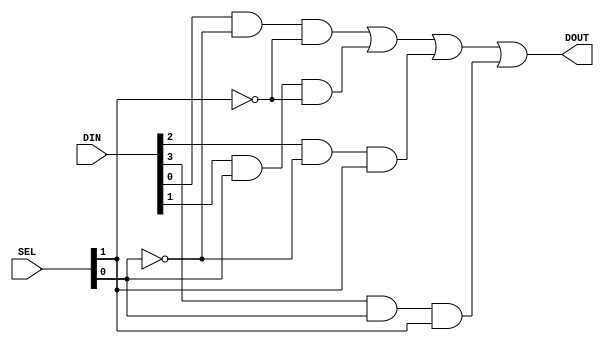
`timescale 1ns / 1ps
//////////////////////////////////////////////////////////////////////////////////
// Company: 
// Engineer: 
// 
// Design Name: 
// Module Name: mux
// Project Name: 
// Target Devices: 
// Tool Versions: 
// Description: 
// 
// Dependencies: 
// 
// Revision:
// Revision 0.01 - File Created
// Additional Comments:
// 
//////////////////////////////////////////////////////////////////////////////////




module mux_four_to_one
(
  input [3:0] DIN,
  input [1:0] SEL,
  output DOUT
);

  // Each output relies on the value of the select bits and the input bits
  assign DOUT = (DIN[0] & ~SEL[0] & ~SEL[1]) | (DIN[1] & SEL[0] & ~SEL[1]) | (DIN[2] & ~SEL[0] & SEL[1]) | (DIN[3] & SEL[0] & SEL[1]);
endmodule